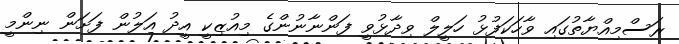
ރަސްމިއްޔާތުގައި ވާހަކަފުޅު ހަލީލް ވިދާޅުވީ ފަންނާނުންގެ މިއުޒިކީ އީދު އަލުން ފަށަން ނިންމީ